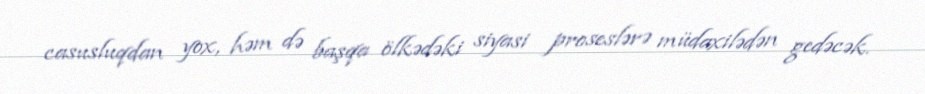
casusluqdan yox, həm də başqa ölkədəki siyasi proseslərə müdaxilədən gedəcək.